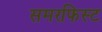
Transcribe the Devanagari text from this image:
समरफिस्ट